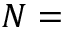
N =